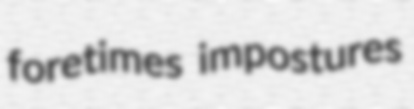
foretimes impostures